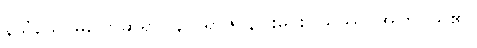
နသံသေ၊ မပြောဆိုရာ။ နာဂရာဇ၊ နဂါးမင်း။ ယဿ၊ အကြင်သူ၏။